65_HS1-834228961_62-HQ-83894_Section_9
Agency: FBI
Page 212
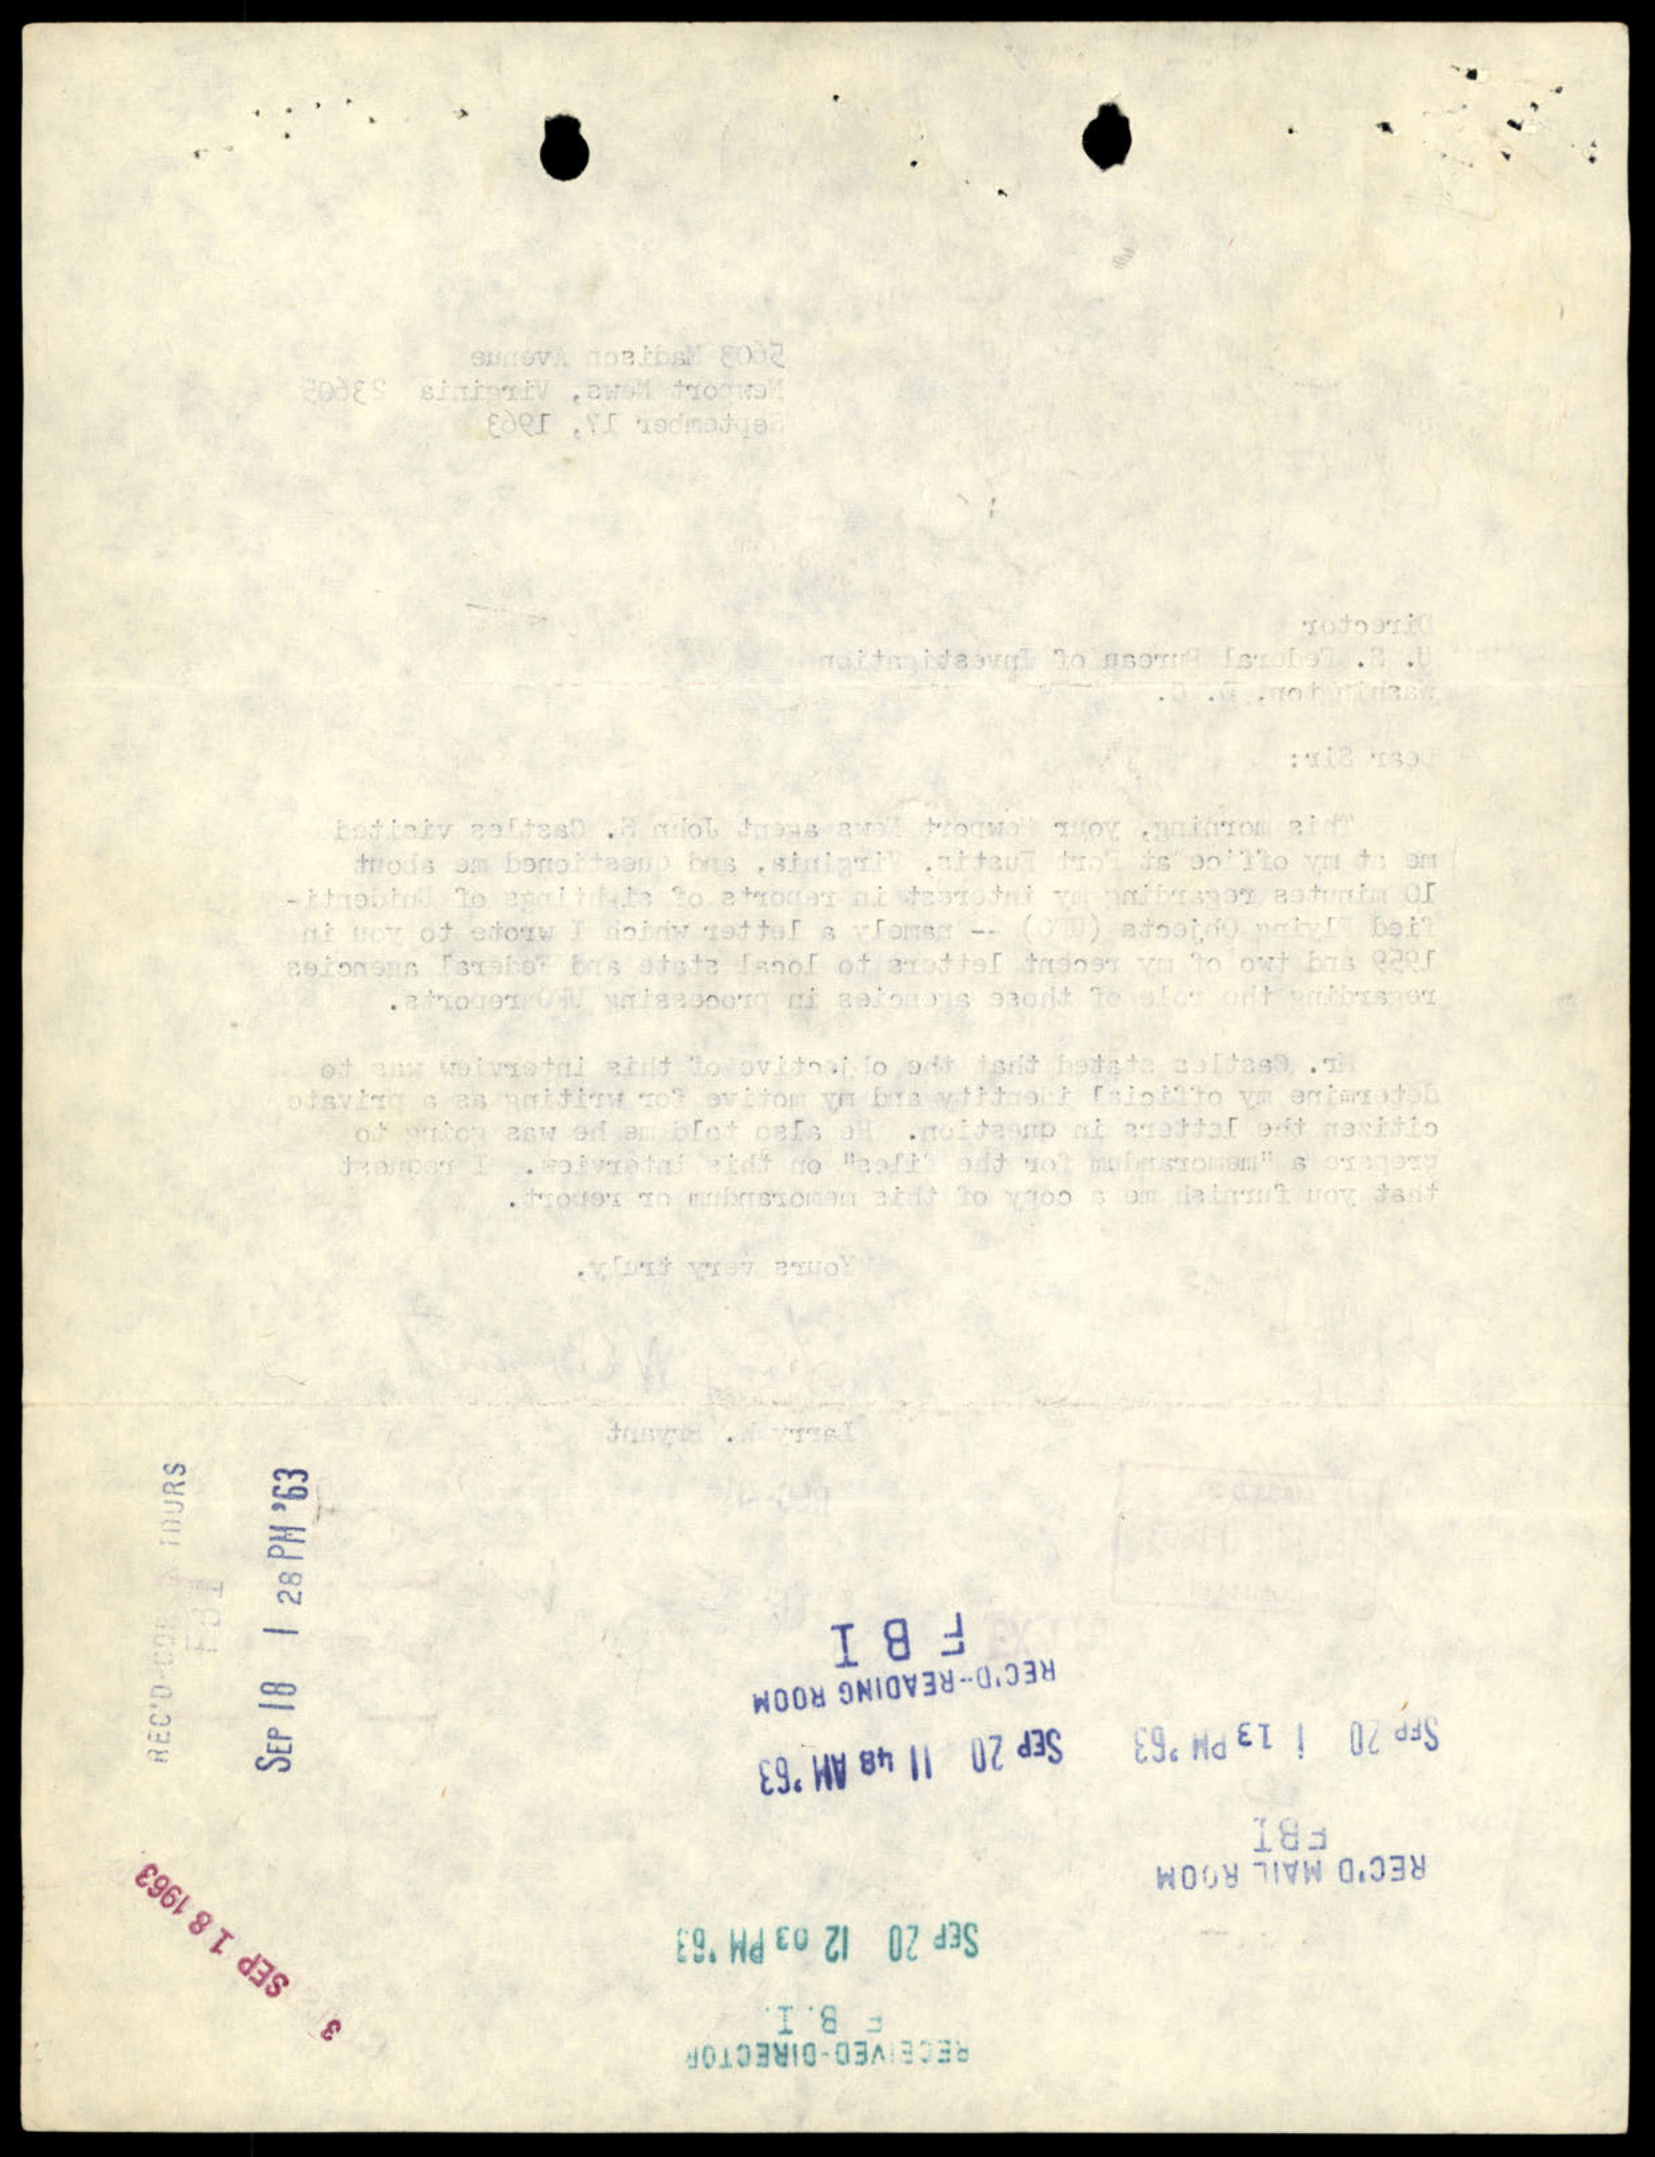